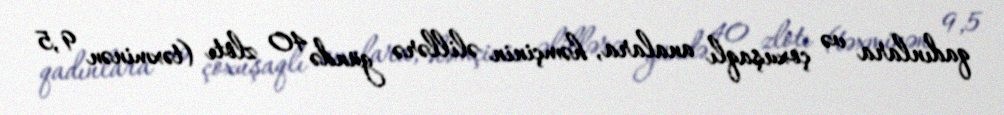
qadınlara və çoxuşaqlı analara, həmçinin əlillərə gündə 40 zlotı (təxminən 9,5